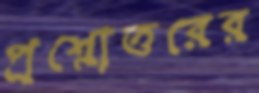
প্রশ্নোত্তরের